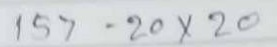
157 = 20 x 20